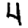
Digit: 4